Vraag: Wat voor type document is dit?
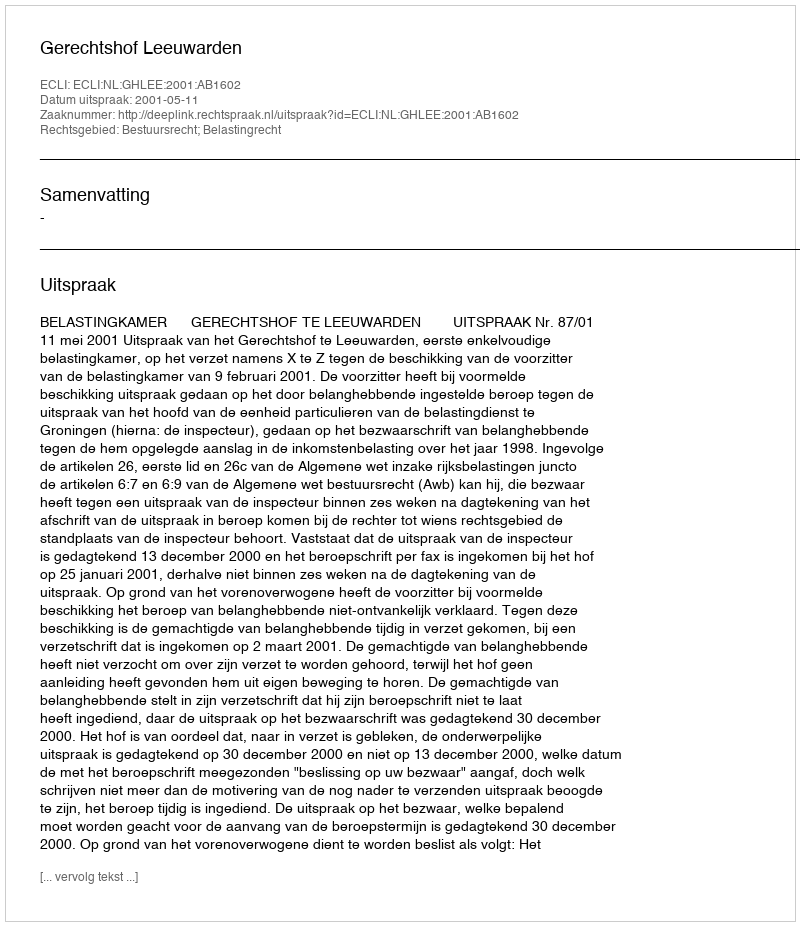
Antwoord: Uitspraak